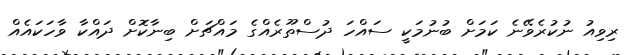
ރިވިއު ނުކުރެވޭނެ ކަމަށް ބުނުމަކީ ސައްހަ ދުސްތޫރެއްގެ މައްޗަށް ބިނާކޮށް ދައްކާ ވާހަކައެއް